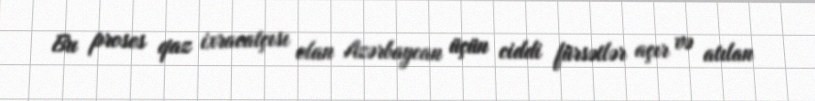
Bu proses qaz ixracatçısı olan Azərbaycan üçün ciddi fürsətlər açır və atılan